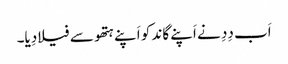
اَب دِدِ نے اَپنے گاند کو اَپنے ہتھو سے فیلا دِیا۔